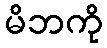
မိဘကို